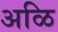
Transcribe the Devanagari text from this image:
अळि